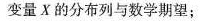
变量X的分布列与数学期望；